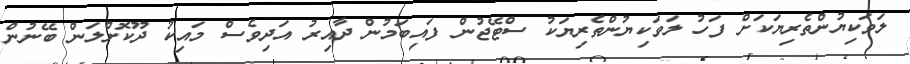
ލަވަކިޔުންތެރިޔަކަށް ފަހު ލަވަކިޔުންތެރިޔަކު ސްޓޭޖުން ފައިބަމުން ދާއިރު އަދިވެސް މައިކު ދޫކޮށްލަން ބޭނުން